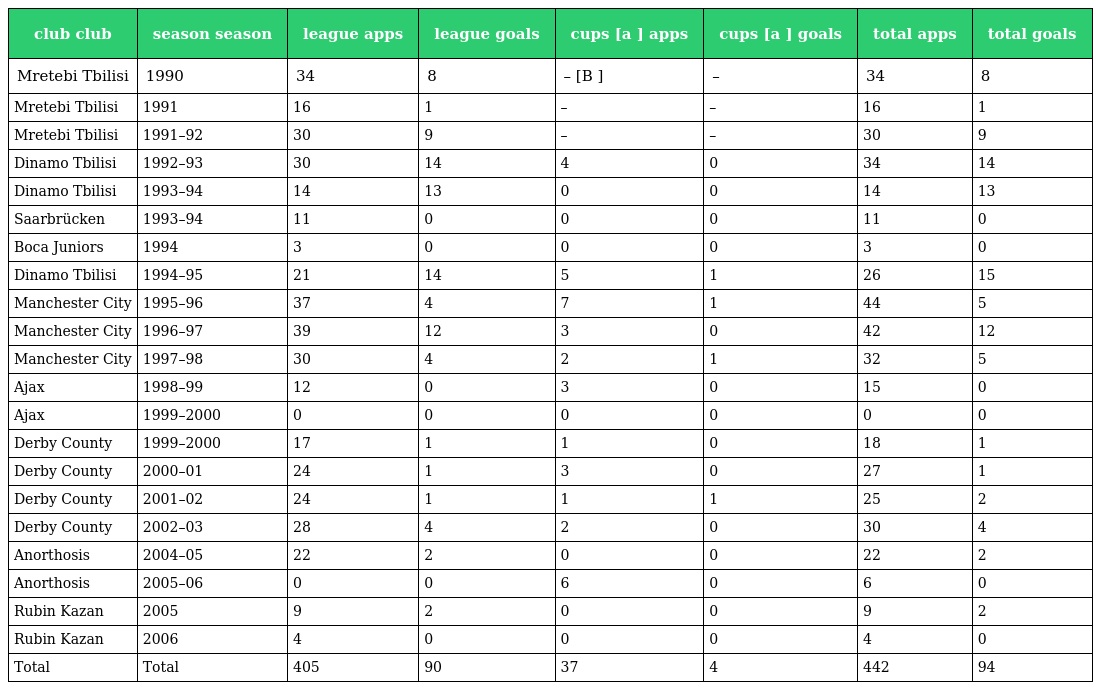
| club club | season season | league apps | league goals | cups [a ] apps | cups [a ] goals | total apps | total goals |
 | --- | --- | --- | --- | --- | --- | --- | --- |
 | Mretebi Tbilisi | 1990 | 34 | 8 | – [B ] | – | 34 | 8 |
 | Mretebi Tbilisi | 1991 | 16 | 1 | – | – | 16 | 1 |
 | Mretebi Tbilisi | 1991–92 | 30 | 9 | – | – | 30 | 9 |
 | Dinamo Tbilisi | 1992–93 | 30 | 14 | 4 | 0 | 34 | 14 |
 | Dinamo Tbilisi | 1993–94 | 14 | 13 | 0 | 0 | 14 | 13 |
 | Saarbrücken | 1993–94 | 11 | 0 | 0 | 0 | 11 | 0 |
 | Boca Juniors | 1994 | 3 | 0 | 0 | 0 | 3 | 0 |
 | Dinamo Tbilisi | 1994–95 | 21 | 14 | 5 | 1 | 26 | 15 |
 | Manchester City | 1995–96 | 37 | 4 | 7 | 1 | 44 | 5 |
 | Manchester City | 1996–97 | 39 | 12 | 3 | 0 | 42 | 12 |
 | Manchester City | 1997–98 | 30 | 4 | 2 | 1 | 32 | 5 |
 | Ajax | 1998–99 | 12 | 0 | 3 | 0 | 15 | 0 |
 | Ajax | 1999–2000 | 0 | 0 | 0 | 0 | 0 | 0 |
 | Derby County | 1999–2000 | 17 | 1 | 1 | 0 | 18 | 1 |
 | Derby County | 2000–01 | 24 | 1 | 3 | 0 | 27 | 1 |
 | Derby County | 2001–02 | 24 | 1 | 1 | 1 | 25 | 2 |
 | Derby County | 2002–03 | 28 | 4 | 2 | 0 | 30 | 4 |
 | Anorthosis | 2004–05 | 22 | 2 | 0 | 0 | 22 | 2 |
 | Anorthosis | 2005–06 | 0 | 0 | 6 | 0 | 6 | 0 |
 | Rubin Kazan | 2005 | 9 | 2 | 0 | 0 | 9 | 2 |
 | Rubin Kazan | 2006 | 4 | 0 | 0 | 0 | 4 | 0 |
 | Total | Total | 405 | 90 | 37 | 4 | 442 | 94 |